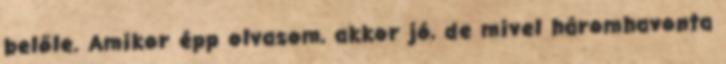
belőle. Amikor épp olvasom, akkor jó, de mivel háromhavonta